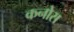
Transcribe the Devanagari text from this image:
कनोस